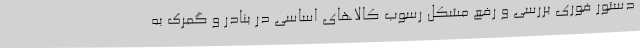
دستور فوری بررسی و رفع مشکل رسوب کالاهای اساسی در بنادر و گمرک به